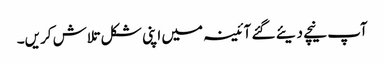
آپ نیچے دیئے گئے آئینہ میں اپنی شکل تلاش کریں۔